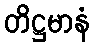
တိဋ္ဌမာနံ